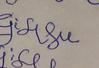
Signature authenticity: forged